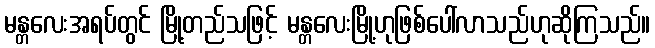
မန္တလေးအရပ်တွင် မြို့တည်သဖြင့် မန္တလေးမြို့ဟုဖြစ်ပေါ်လာသည်ဟုဆိုကြသည်။